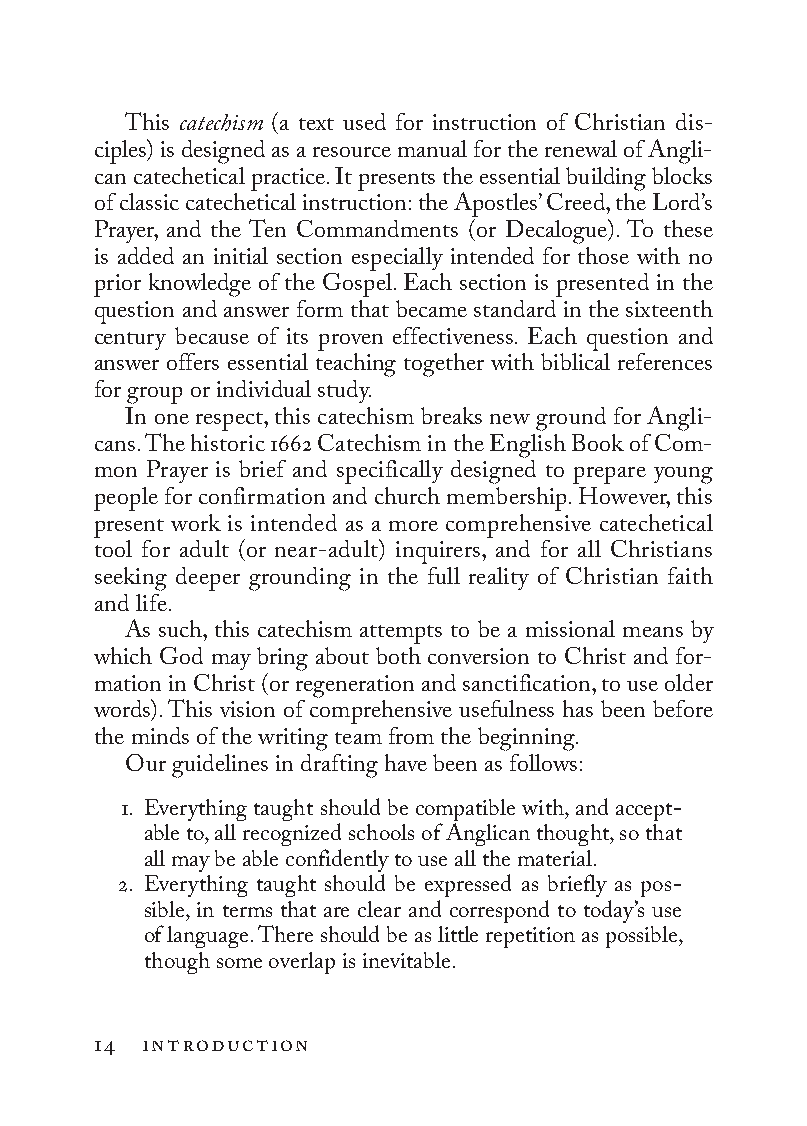
This catechism (a text used for instruction of Christian dis-
 ciples) is designed as a resource manual for the renewal of Angli-
 can catechetical practice. It presents the essential building blocks
 of classic catechetical instruction: the Apostles’ Creed, the Lord’s
 Prayer, and the Ten Commandments (or Decalogue). To these
 is added an initial section especially intended for those with no
 prior knowledge of the Gospel. Each section is presented in the
 question and answer form that became standard in the sixteenth
 century because of its proven effectiveness. Each question and
 answer offers essential teaching together with biblical references
 for group or individual study.
 In one respect, this catechism breaks new ground for Angli-
 cans. The historic 1662 Catechism in the En glish Book of Com-
 mon Prayer is brief and specifically designed to prepare young
 people for confirmation and church membership. However, this
 present work is intended as a more comprehensive catechetical
 tool for adult (or near-adult) inquirers, and for all Christians
 seeking deeper grounding in the full reality of Christian faith
 and life.
 As such, this catechism attempts to be a missional means by
 which God may bring about both conversion to Christ and for-
 mation in Christ (or regeneration and sanctification, to use older
 words). This vision of comprehensive usefulness has been before
 the minds of the writing team from the beginning.
 Our guidelines in drafting have been as follows:
 1. Everything taught should be compatible with, and accept-
 able to, all recognized schools of Anglican thought, so that
 all may be able confidently to use all the material.
 2. Everything taught should be expressed as briefly as pos-
 sible, in terms that are clear and correspond to today’s use
 of language. There should be as little repetition as possible,
 though some overlap is inevitable.
 14 introduction
 To be a Christian.566776.int.indd 14        11/13/19 1:31 PM